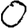
Digit: 0